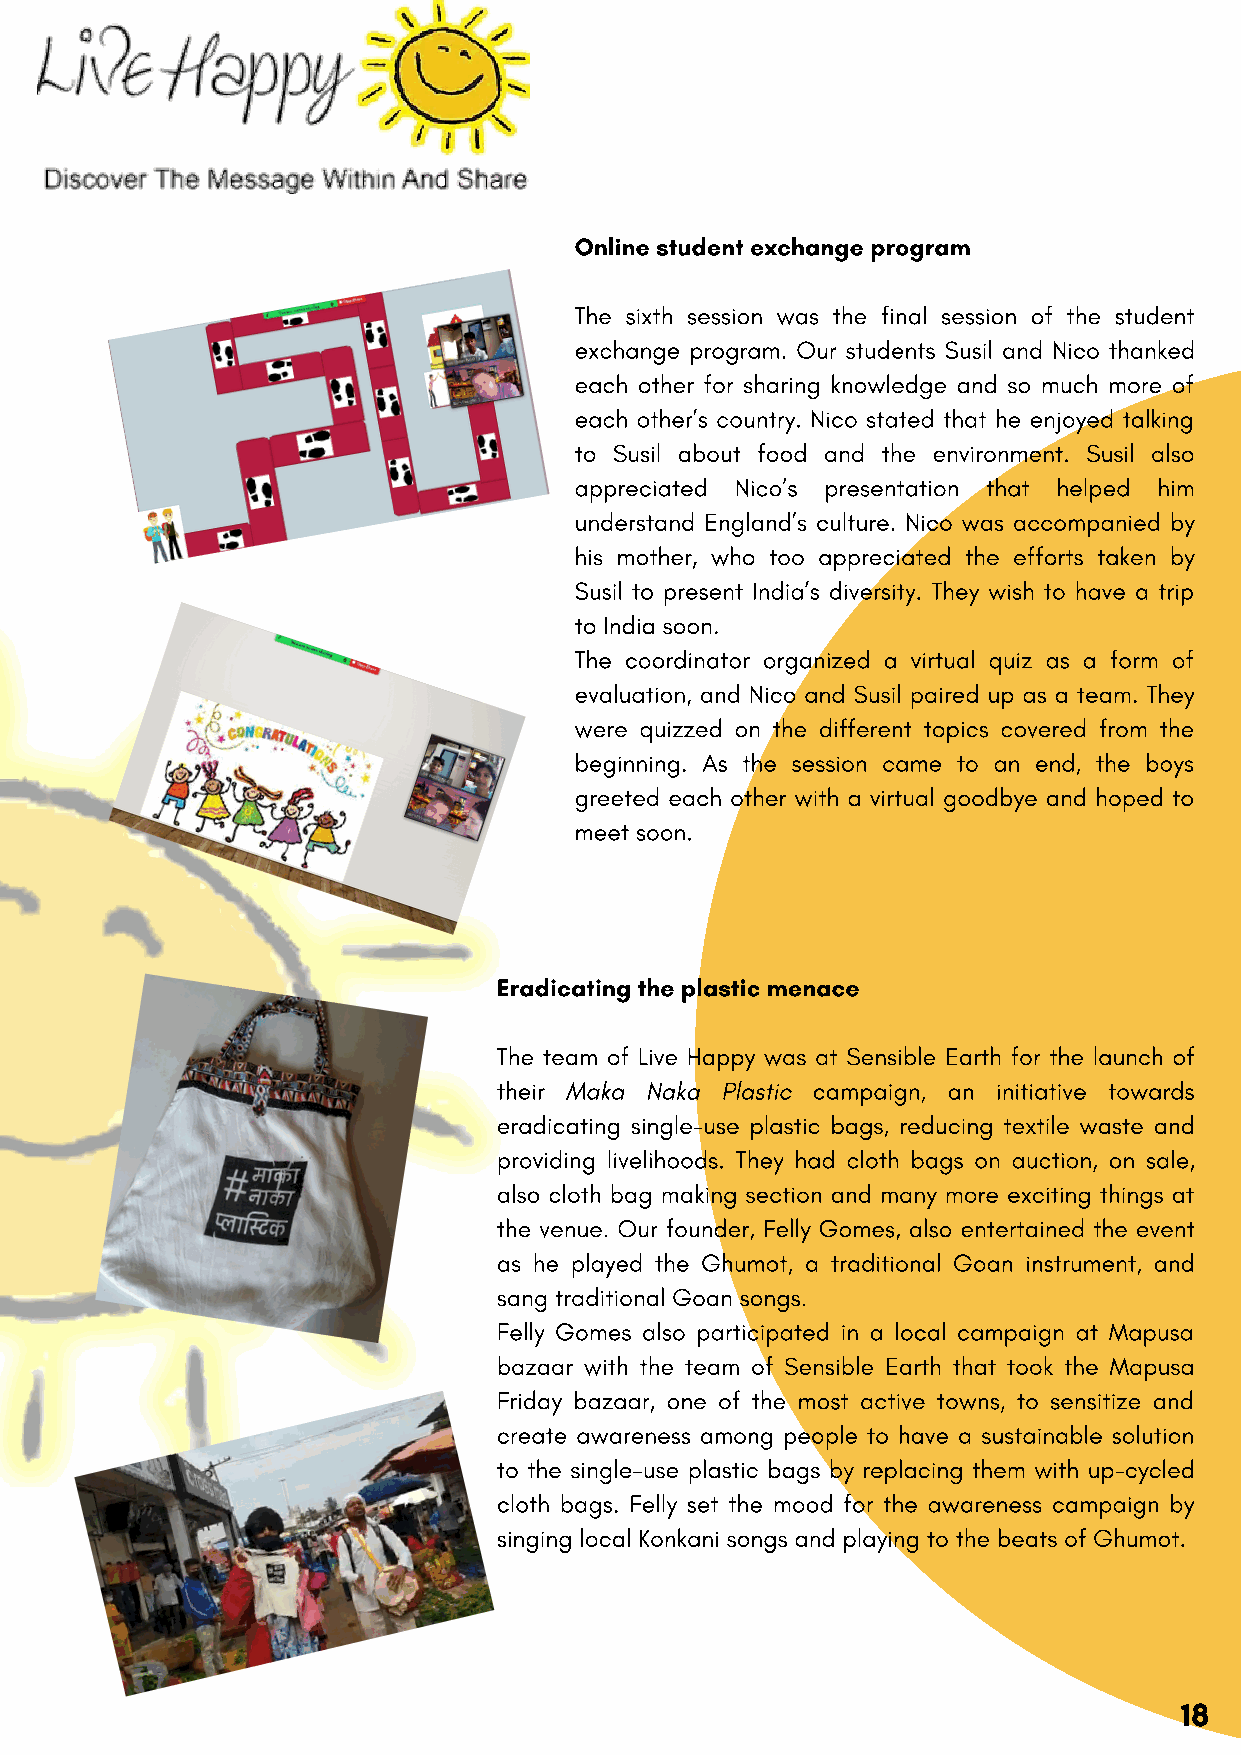
Online student exchange program
 The sixth session was the final session of the student
 exchange program. Our students Susil and Nico thanked
 each other for sharing knowledge and so much more of
 each other’s country. Nico stated that he enjoyed talking
 to Susil about food and the environment. Susil also
 appreciated Nico’s presentation that helped him
 understand England’s culture. Nico was accompanied by
 his mother, who too appreciated the efforts taken by
 Susil to present India’s diversity. They wish to have a trip
 to India soon.
 The coordinator organized a virtual quiz as a form of
 evaluation, and Nico and Susil paired up as a team. They
 were quizzed on the different topics covered from the
 beginning. As the session came to an end, the boys
 greeted each other with a virtual goodbye and hoped to
 meet soon.
 Eradicating the plastic menace
 The team of Live Happy was at Sensible Earth for the launch of
 their Maka Naka Plastic campaign, an initiative towards
 eradicating single-use plastic bags, reducing textile waste and
 providing livelihoods. They had cloth bags on auction, on sale,
 also cloth bag making section and many more exciting things at
 the venue. Our founder, Felly Gomes, also entertained the event
 as he played the Ghumot, a traditional Goan instrument, and
 sang traditional Goan songs.
 Felly Gomes also participated in a local campaign at Mapusa
 bazaar with the team of Sensible Earth that took the Mapusa
 Friday bazaar, one of the most active towns, to sensitize and
 create awareness among people to have a sustainable solution
 to the single-use plastic bags by replacing them with up-cycled
 cloth bags. Felly set the mood for the awareness campaign by
 singing local Konkani songs and playing to the beats of Ghumot.
 18